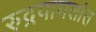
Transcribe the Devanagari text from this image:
रुद्रयामलांत